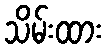
သိမ်းထား